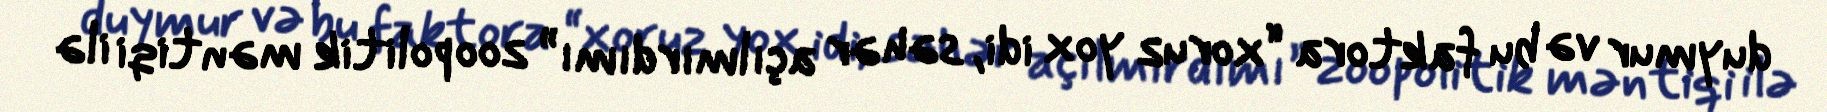
duymur və bu faktora “xoruz yox idi, səhər açılmırdımı” zoopolitik məntiqi ilə